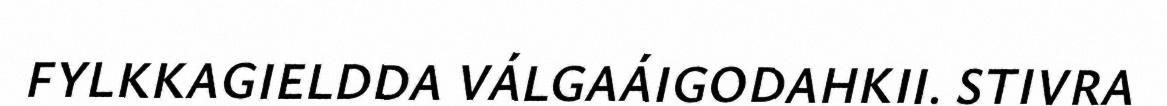
FYLKKAGIELDDA VÁLGAÁIGODAHKII. STIVRA